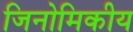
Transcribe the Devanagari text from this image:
जिनोमिकीय